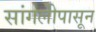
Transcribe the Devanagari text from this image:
सांगलीपासून